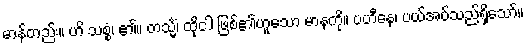
မာန်တည်း။ ဟိ သစ္စံ၊ ၏။ တသ္မိံ၊ ထိုငါ ဖြစ်၏ဟူသော မာနကို။ ပဟီနေ၊ ပယ်အပ်သည်ရှိသော်။